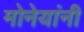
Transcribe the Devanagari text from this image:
मोनेयांनी